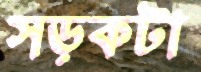
সড়কটা